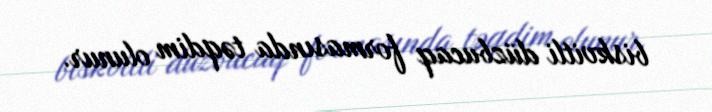
biskvitli düzbucaq formasında təqdim olunur.